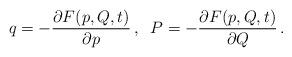
LaTeX: \begin{align*}q = - \frac{ \partial F ( p , Q , t)}{ \partial p} \, ,\; \; P = - \frac{ \partial F (p, Q, t)}{ \partial Q} \, .\end{align*}